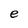
Character: e